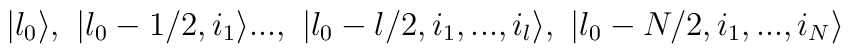
|\l_0\rangle,\ |\l_0-1/2,i_1\rangle...,\ |\l_0-l/2,i_1,...,i_l\rangle,\ |\l_0-N/2,i_1,...,i_N\rangle